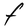
Character: F